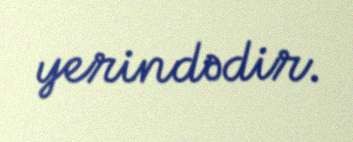
yerindədir.